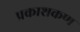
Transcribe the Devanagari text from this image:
प्रकाशकण